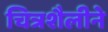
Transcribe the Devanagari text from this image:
चित्रशैलीने